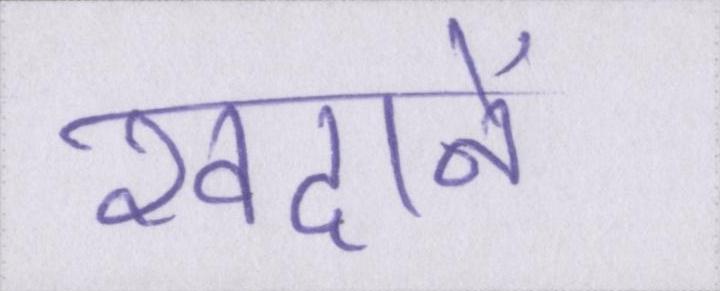
खदानें